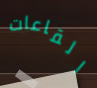
القاعات